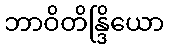
ဘာဝိတိန္ဒြိယော